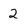
Character: 2